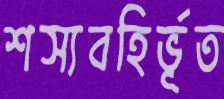
শস্যবহির্ভূত